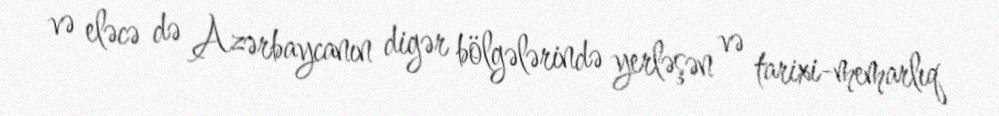
və eləcə də Azərbaycanın digər bölgələrində yerləşən və tarixi-memarlıq